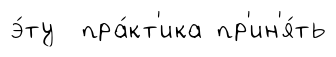
э́ту пра́кт'ика пр'ин'я́ть